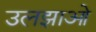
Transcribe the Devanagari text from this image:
उलझाओ